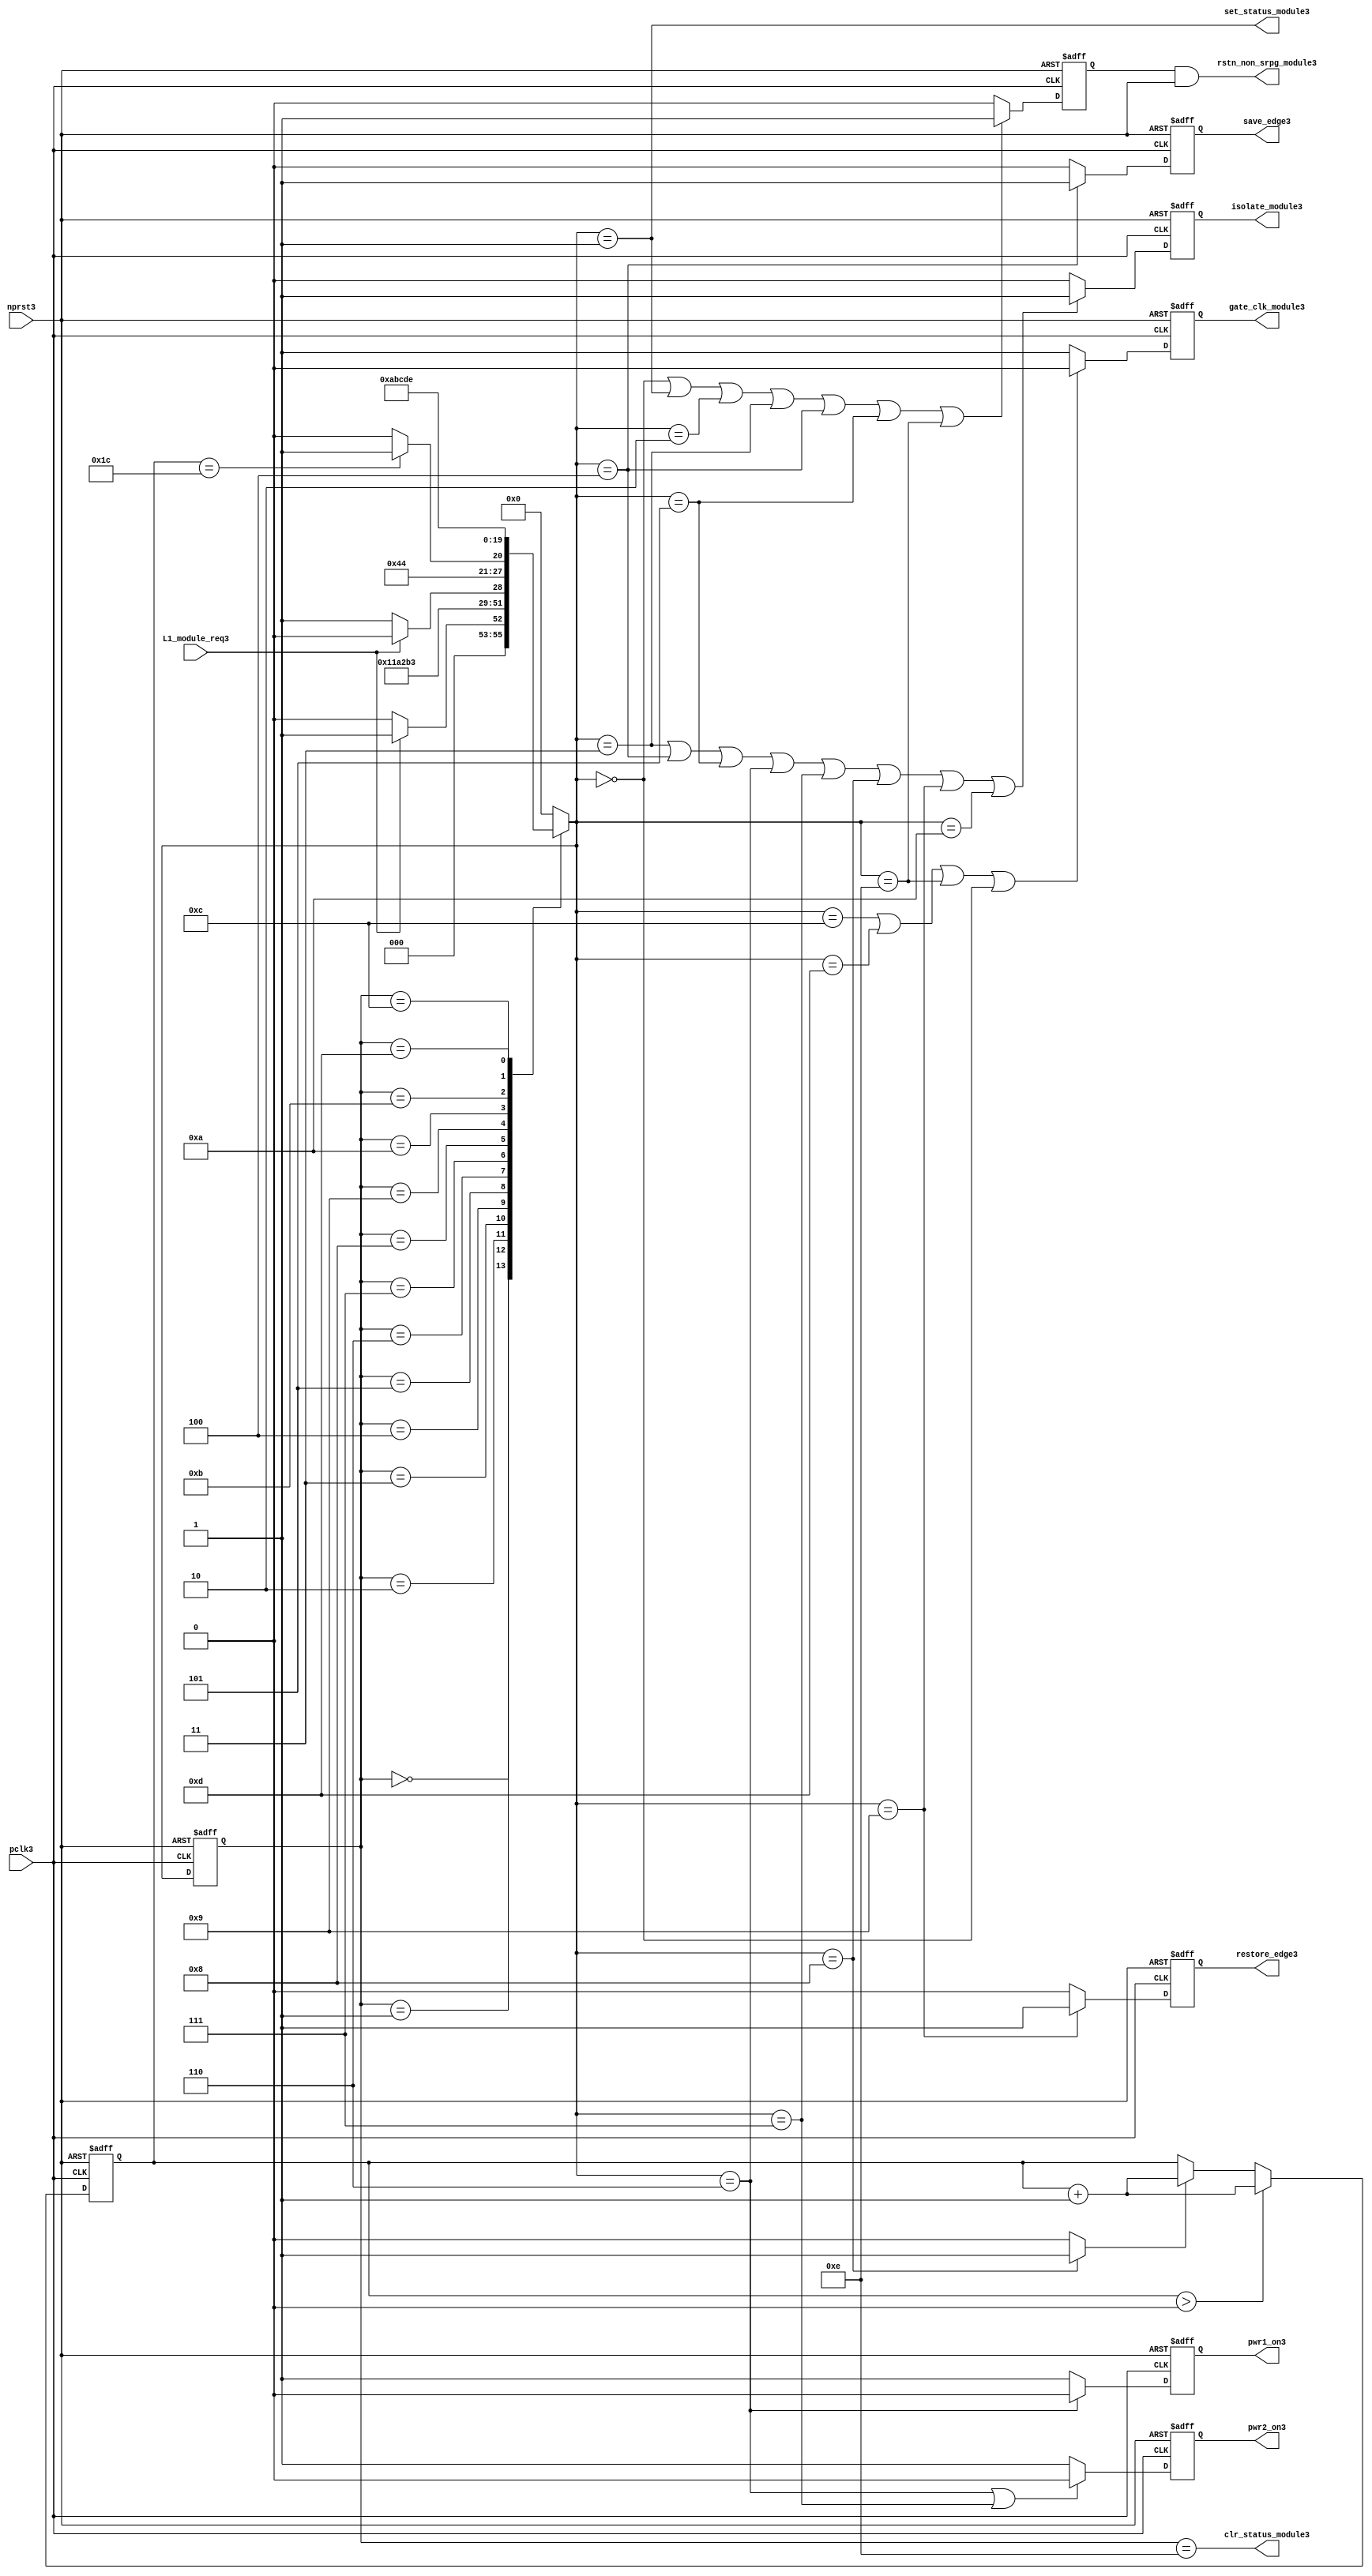
//File3 name   : power_ctrl_sm3.v
//Title3       : Power3 Controller3 state machine3
//Created3     : 1999
//Description3 : State3 machine3 of power3 controller3
//Notes3       : 
//----------------------------------------------------------------------
//   Copyright3 1999-2010 Cadence3 Design3 Systems3, Inc3.
//   All Rights3 Reserved3 Worldwide3
//
//   Licensed3 under the Apache3 License3, Version3 2.0 (the
//   "License3"); you may not use this file except3 in
//   compliance3 with the License3.  You may obtain3 a copy of
//   the License3 at
//
//       http3://www3.apache3.org3/licenses3/LICENSE3-2.0
//
//   Unless3 required3 by applicable3 law3 or agreed3 to in
//   writing, software3 distributed3 under the License3 is
//   distributed3 on an "AS3 IS3" BASIS3, WITHOUT3 WARRANTIES3 OR3
//   CONDITIONS3 OF3 ANY3 KIND3, either3 express3 or implied3.  See
//   the License3 for the specific3 language3 governing3
//   permissions3 and limitations3 under the License3.
//----------------------------------------------------------------------
module power_ctrl_sm3 (

    // Clocks3 & Reset3
    pclk3,
    nprst3,

    // Register Control3 inputs3
    L1_module_req3,
    set_status_module3,
    clr_status_module3,

    // Module3 control3 outputs3
    rstn_non_srpg_module3,
    gate_clk_module3,
    isolate_module3,
    save_edge3,
    restore_edge3,
    pwr1_on3,
    pwr2_on3

);

input    pclk3;
input    nprst3;

input    L1_module_req3;
output   set_status_module3;
output   clr_status_module3;
    
output   rstn_non_srpg_module3;
output   gate_clk_module3;
output   isolate_module3;
output   pwr1_on3;
output   pwr2_on3;
output save_edge3;
output restore_edge3;

wire    set_status_module3;
wire    clr_status_module3;

wire    rstn_non_srpg_module3;
reg     gate_clk_module3;
reg     isolate_module3;
reg     pwr1_on3;
reg     pwr2_on3;

reg save_edge3;

reg restore_edge3;
   
// FSM3 state
reg  [3:0] currentState3, nextState3;
reg     rstn_non_srpg3;
reg [4:0] trans_cnt3;

parameter Init3 = 0; 
parameter Clk_off3 = 1; 
parameter Wait13 = 2; 
parameter Isolate3 = 3; 
parameter Save_edge3 = 4; 
parameter Pre_pwr_off3 = 5; 
parameter Pwr_off3 = 6; 
parameter Pwr_on13 = 7; 
parameter Pwr_on23 = 8; 
parameter Restore_edge3 = 9; 
parameter Wait23 = 10; 
parameter De_isolate3 = 11; 
parameter Clk_on3 = 12; 
parameter Wait33 = 13; 
parameter Rst_clr3 = 14;


// Power3 Shut3 Off3 State3 Machine3

// FSM3 combinational3 process
always @  (*)
  begin
    case (currentState3)

      // Commence3 PSO3 once3 the L13 req bit is set.
      Init3:
        if (L1_module_req3 == 1'b1)
          nextState3 = Clk_off3;         // Gate3 the module's clocks3 off3
        else
          nextState3 = Init3;            // Keep3 waiting3 in Init3 state
        
      Clk_off3 :
        nextState3 = Wait13;             // Wait3 for one cycle
 
      Wait13  :                         // Wait3 for clk3 gating3 to take3 effect
        nextState3 = Isolate3;           // Start3 the isolation3 process
          
      Isolate3 :
        nextState3 = Save_edge3;
        
      Save_edge3 :
        nextState3 = Pre_pwr_off3;

      Pre_pwr_off3 :
        nextState3 = Pwr_off3;
      // Exit3 PSO3 once3 the L13 req bit is clear.

      Pwr_off3 :
        if (L1_module_req3 == 1'b0)
          nextState3 = Pwr_on13;         // Resume3 power3 if the L1_module_req3 bit is cleared3
        else
          nextState3 = Pwr_off3;         // Wait3 until the L1_module_req3 bit is cleared3
        
      Pwr_on13 :
        nextState3 = Pwr_on23;
          
      Pwr_on23 :
        if(trans_cnt3 == 5'd28)
          nextState3 = Restore_edge3;
        else 
          nextState3 = Pwr_on23;
          
      Restore_edge3 :
        nextState3 = Wait23;

      Wait23 :
        nextState3 = De_isolate3;
          
      De_isolate3 :
        nextState3 = Clk_on3;
          
      Clk_on3 :
        nextState3 = Wait33;
          
      Wait33  :                         // Wait3 for clock3 to resume
        nextState3 = Rst_clr3 ;     
 
      Rst_clr3 :
        nextState3 = Init3;
        
      default  :                       // Catch3 all
        nextState3 = Init3; 
        
    endcase
  end


  // Signals3 Sequential3 process - gate_clk_module3
always @ (posedge pclk3 or negedge nprst3)
  begin
    if (~nprst3)
      gate_clk_module3 <= 1'b0;
    else 
      if (nextState3 == Clk_on3 | nextState3 == Wait33 | nextState3 == Rst_clr3 | 
          nextState3 == Init3)
          gate_clk_module3 <= 1'b0;
      else
          gate_clk_module3 <= 1'b1;
  end

// Signals3 Sequential3 process - rstn_non_srpg3
always @ (posedge pclk3 or negedge nprst3)
  begin
    if (~nprst3)
      rstn_non_srpg3 <= 1'b0;
    else
      if ( nextState3 == Init3 | nextState3 == Clk_off3 | nextState3 == Wait13 | 
           nextState3 == Isolate3 | nextState3 == Save_edge3 | nextState3 == Pre_pwr_off3 | nextState3 == Rst_clr3)
        rstn_non_srpg3 <= 1'b1;
      else
        rstn_non_srpg3 <= 1'b0;
   end


// Signals3 Sequential3 process - pwr1_on3 & pwr2_on3
always @ (posedge pclk3 or negedge nprst3)
  begin
    if (~nprst3)
      pwr1_on3 <=  1'b1;  // power3 gates3 1 & 2 are on
    else
      if (nextState3 == Pwr_off3 )
        pwr1_on3 <= 1'b0;  // shut3 off3 both power3 gates3 1 & 2
      else
        pwr1_on3 <= 1'b1;
  end


// Signals3 Sequential3 process - pwr1_on3 & pwr2_on3
always @ (posedge pclk3 or negedge nprst3)
  begin
    if (~nprst3)
       pwr2_on3 <= 1'b1;      // power3 gates3 1 & 2 are on
    else
      if (nextState3 == Pwr_off3 | nextState3 == Pwr_on13)
        pwr2_on3 <= 1'b0;     // shut3 off3 both power3 gates3 1 & 2
      else
        pwr2_on3 <= 1'b1;
   end


// Signals3 Sequential3 process - isolate_module3 
always @ (posedge pclk3 or negedge nprst3)
  begin
    if (~nprst3)
        isolate_module3 <= 1'b0;
    else
      if (nextState3 == Isolate3 | nextState3 == Save_edge3 | nextState3 == Pre_pwr_off3 |  nextState3 == Pwr_off3 | nextState3 == Pwr_on13 |
          nextState3 == Pwr_on23 | nextState3 == Restore_edge3 | nextState3 == Wait23)
         isolate_module3 <= 1'b1;       // Activate3 the isolate3 and retain3 signals3
      else
         isolate_module3 <= 1'b0;        
   end    

// enabling save edge
always @ (posedge pclk3 or negedge nprst3)
  begin
    if (~nprst3)
        save_edge3 <= 1'b0;
    else
      if (nextState3 == Save_edge3 )
         save_edge3 <= 1'b1;       // Activate3 the isolate3 and retain3 signals3
      else
         save_edge3 <= 1'b0;        
   end    
// stabilising3 count
wire restore_change3;
assign restore_change3 = (nextState3 == Pwr_on23) ? 1'b1: 1'b0;

always @ (posedge pclk3 or negedge nprst3)
  begin
    if (~nprst3)
      trans_cnt3 <= 0;
    else if (trans_cnt3 > 0)
      trans_cnt3  <= trans_cnt3 + 1;
    else if (restore_change3)
      trans_cnt3  <= trans_cnt3 + 1;
  end

// enabling restore3 edge
always @ (posedge pclk3 or negedge nprst3)
  begin
    if (~nprst3)
        restore_edge3 <= 1'b0;
    else
      if (nextState3 == Restore_edge3)
         restore_edge3 <= 1'b1;       // Activate3 the isolate3 and retain3 signals3
      else
         restore_edge3 <= 1'b0;        
   end    


// FSM3 Sequential3 process
always @ (posedge pclk3 or negedge nprst3)
  begin
    if (~nprst3)
      currentState3 <= Init3;
    else
      currentState3 <= nextState3;
  end


// Reset3 for non-SRPG3 FFs3 is a combination3 of the nprst3 and the reset during PSO3
assign  rstn_non_srpg_module3 = rstn_non_srpg3 & nprst3;

assign  set_status_module3 = (nextState3 == Clk_off3);    // Set the L13 status bit  
assign  clr_status_module3 = (currentState3 == Rst_clr3); // Clear the L13 status bit  
  

`ifdef LP_ABV_ON3

// psl3 default clock3 = (posedge pclk3);

// Never3 have the set and clear status signals3 both set
// psl3 output_no_set_and_clear3 : assert never {set_status_module3 & clr_status_module3};



// Isolate3 signal3 should become3 active on the 
// Next3 clock3 after Gate3 signal3 is activated3
// psl3 output_pd_seq3:
//    assert always
//	  {rose3(gate_clk_module3)} |=> {[*1]; {rose3(isolate_module3)} }
//    abort3(~nprst3);
//
//
//
// Reset3 signal3 for Non3-SRPG3 FFs3 and POWER3 signal3 for
// SMC3 should become3 LOW3 on clock3 cycle after Isolate3 
// signal3 is activated3
// psl3 output_pd_seq_stg_23:
//    assert always
//    {rose3(isolate_module3)} |=>
//    {[*2]; {{fell3(rstn_non_srpg_module3)} && {fell3(pwr1_on3)}} }
//    abort3(~nprst3);
//
//
// Whenever3 pwr1_on3 goes3 to LOW3 pwr2_on3 should also go3 to LOW3
// psl3 output_pwr2_low3:
//    assert always
//    { fell3(pwr1_on3) } |->  { fell3(pwr2_on3) }
//    abort3(~nprst3);
//
//
// Whenever3 pwr1_on3 becomes HIGH3 , On3 Next3 clock3 cycle pwr2_on3
// should also become3 HIGH3
// psl3 output_pwr2_high3:
//    assert always
//    { rose3(pwr1_on3) } |=>  { (pwr2_on3) }
//    abort3(~nprst3);
//
`endif


endmodule